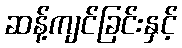
ဆန့်ကျင်ခြင်းနှင့်